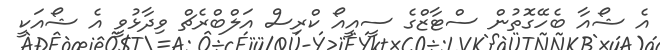
އެ ޝޯއާ ބެހޭގޮތުން ސްޓާޒްގެ ސީއީއޯ ކްރިސް އަލްބްރެޗް ވިދާޅުވީ އެ ޝޯއަކީ